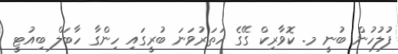
ފުލުހުން ބުނީ މ. ކޮވާރިކް ގޭގެ ހަތަރުވަނަ ބުރީގައި ހިންގާ ހާބަލް ބިއުޓީ